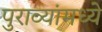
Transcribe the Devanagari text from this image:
पुराव्यांमध्ये